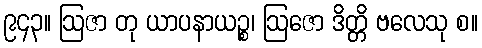
၉၄၃။ ဩဇာ တု ယာပနာယဉ္စ၊ ဩဇော ဒိတ္တိ ဗလေသု စ။